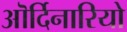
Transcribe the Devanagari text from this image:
ऒर्दिनारियो